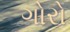
ગોરો